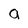
Character: a